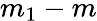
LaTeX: m_{1}-m